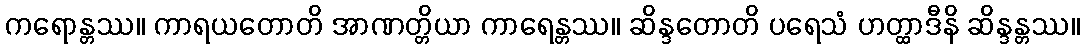
ကရောန္တဿ။ ကာရယတောတိ အာဏတ္တိယာ ကာရေန္တဿ။ ဆိန္ဒတောတိ ပရေသံ ဟတ္ထာဒီနိ ဆိန္ဒန္တဿ။